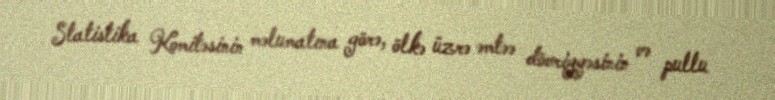
Statistika Komitəsinin məlumatına görə, ölkə üzrə əmtəə dövriyyəsinin və pullu